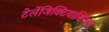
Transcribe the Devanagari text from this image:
टेलेंजिक्टियासियस